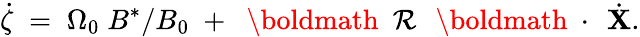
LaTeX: \dot{\zeta}\; =\; \Omega_{0}\; B^{*}/B_{0}\; +\; \mathrm{~\boldmath~\cal~R~}\, \mathrm{~\boldmath~\cdot~}\, \dot{\mathbf X}.